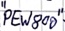
Text: "PEW800"